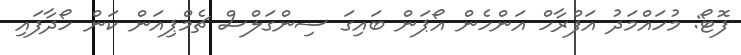
ފޮޓޯ: މުހައްމަދު އަފްރާހް އަންހެން އޯޕަން ބައިގަ ސިންގަލްސް ޗެމްޕިއަން ކަން ހޯދާފައި